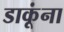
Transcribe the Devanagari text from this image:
डाकूंना